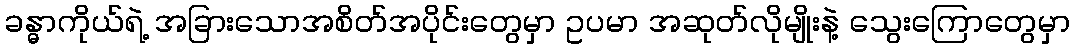
ခန္ဓာကိုယ်ရဲ့ အခြားသောအစိတ်အပိုင်းတွေမှာ ဥပမာ အဆုတ်လိုမျိုးနဲ့ သွေးကြောတွေမှာ